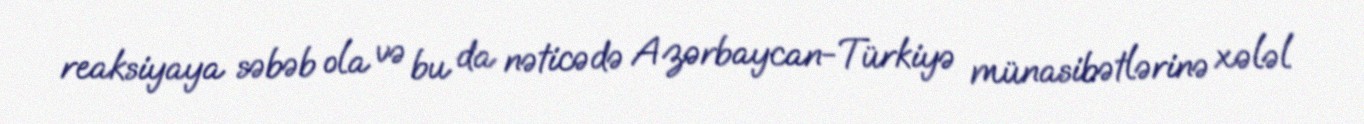
reaksiyaya səbəb ola və bu da nəticədə Azərbaycan-Türkiyə münasibətlərinə xələl